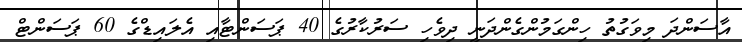
އާސަންދަ މިވަގުތު ހިންގަމުންގެންދަނީ ދިވެހި ސަރުކާރުގެ 40 ޕަސަންޓާއި އެލައިޑްގެ 60 ޕަސަންޓް